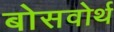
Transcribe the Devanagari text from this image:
बोसवोर्थ